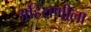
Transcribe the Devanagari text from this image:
अहिराणीला